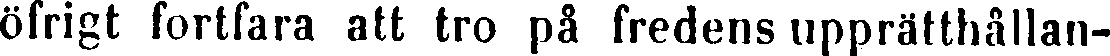
öfrigt fortfara att tro på fredens upprätthållan-